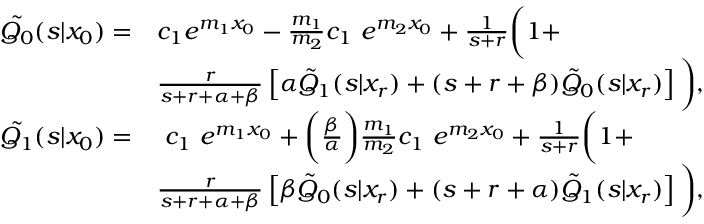
\begin{array} { r l } { \tilde { Q _ { 0 } } ( s | x _ { 0 } ) = } & { c _ { 1 } e ^ { m _ { 1 } x _ { 0 } } - \frac { m _ { 1 } } { m _ { 2 } } c _ { 1 } ~ e ^ { m _ { 2 } x _ { 0 } } + \frac { 1 } { s + r } \bigg ( 1 + } \\ & { \frac { r } { s + r + \alpha + \beta } \left[ \alpha \tilde { Q } _ { 1 } ( s | x _ { r } ) + ( s + r + \beta ) \tilde { Q } _ { 0 } ( s | x _ { r } ) \right] \bigg ) , } \\ { \tilde { Q _ { 1 } } ( s | x _ { 0 } ) = } & { ~ c _ { 1 } ~ e ^ { m _ { 1 } x _ { 0 } } + \bigg ( \frac { \beta } { \alpha } \bigg ) \frac { m _ { 1 } } { m _ { 2 } } c _ { 1 } ~ e ^ { m _ { 2 } x _ { 0 } } + \frac { 1 } { s + r } \bigg ( 1 + } \\ & { \frac { r } { s + r + \alpha + \beta } \left[ \beta \tilde { Q } _ { 0 } ( s | x _ { r } ) + ( s + r + \alpha ) \tilde { Q } _ { 1 } ( s | x _ { r } ) \right] \bigg ) , } \end{array}